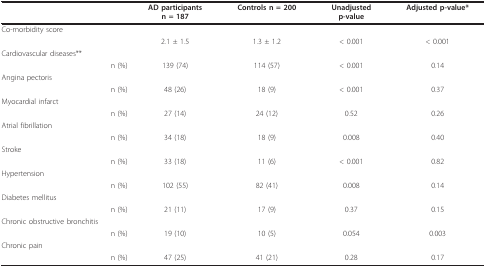
|  | AD participantsn = 187 | Controls n = 200 | Unadjustedp-value | Adjusted p-value* |
 | --- | --- | --- | --- | --- |
 | Co-morbidity score |  |  |  |  |
 |  | 2.1 ± 1.5 | 1.3 ± 1.2 | < 0.001 | < 0.001 |
 | Cardiovascular diseases** |  |  |  |  |
 | n (%) | 139 (74) | 114 (57) | < 0.001 | 0.14 |
 | Angina pectoris |  |  |  |  |
 | n (%) | 48 (26) | 18 (9) | < 0.001 | 0.37 |
 | Myocardial infarct |  |  |  |  |
 | n (%) | 27 (14) | 24 (12) | 0.52 | 0.26 |
 | Atrial fibrillation |  |  |  |  |
 | n (%) | 34 (18) | 18 (9) | 0.008 | 0.40 |
 | Stroke |  |  |  |  |
 | n (%) | 33 (18) | 11 (6) | < 0.001 | 0.82 |
 | Hypertension |  |  |  |  |
 | n (%) | 102 (55) | 82 (41) | 0.008 | 0.14 |
 | Diabetes mellitus |  |  |  |  |
 | n (%) | 21 (11) | 17 (9) | 0.37 | 0.15 |
 | Chronic obstructive bronchitis |  |  |  |  |
 | n (%) | 19 (10) | 10 (5) | 0.054 | 0.003 |
 | Chronic pain |  |  |  |  |
 | n (%) | 47 (25) | 41 (21) | 0.28 | 0.17 |